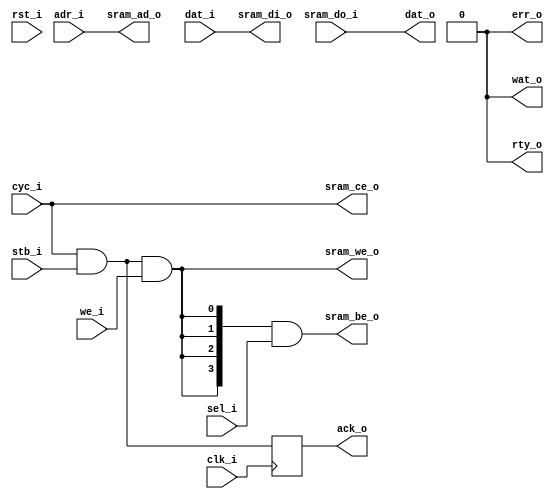
`timescale 1ns/100ps
/*
 * Module      : rtl/wb_sram_port.v
 * Copyright   : (C) Tim Molteno     2016
 *             : (C) Max Scheel      2016
 *             : (C) Patrick Suggate 2016
 * License     : LGPL3
 * 
 * Maintainer  : Patrick Suggate <patrick.suggate@gmail.com>
 * Stability   : Experimental
 * Portability : only tested with a Papilio board (Xilinx Spartan VI)
 * 
 * 
 * This file is part of TART.
 * 
 * TART is free software: you can redistribute it and/or modify it under the
 * terms of the GNU Lesser Public License as published by the Free Software
 * Foundation, either version 3 of the License, or (at your option) any later
 * version.
 * 
 * TART is distributed in the hope that it will be useful, but WITHOUT ANY
 * WARRANTY; without even the implied warranty of MERCHANTABILITY or FITNESS
 * FOR A PARTICULAR PURPOSE.  See the GNU Lesser Public License for more
 * details.
 * 
 * You should have received a copy of the GNU Lesser Public License along with
 * TART.  If not, see <http://www.gnu.org/licenses/>.
 * 
 * 
 * Description:
 * Single-port SRAM interface, with Wishbone-like interconnect, and
 * parameterised by size and bit-width.
 * 
 * NOTE:
 *  + just the interface, the SRAM memories are assumed to be external;
 *  + doesn't support "classic" Wishbone cycles, but does support pipelined
 *    transactions;
 *  + supports burst transfers -- these are indicated by `bst_i` being
 *    asserted at the beginning of a transaction, and deasserted one cycle
 *    before the final (pipelined) `ack_o`;
 *  + if CHECK == 0 the CYC signal is ignored, reducing the circuit-size when
 *    using point-to-point interconnects;
 * 
 * TODO:
 * 
 */


/*
 Instantiation template:
 
    wb_sram_port
     #(  .WIDTH(DATA), // Data and address bit-widths
         .ABITS(ADDR),
         .TICKS(1),    // Read latency of the attached SRAM
         .READ (1),    // Support SRAM reads (0/1)?
         .WRITE(1),    // Support SRAM writes (0/1)?
         .USEBE(1),    // Use individual byte-enables (0/1)?
         .BYTES(1),    // Number of byte-enables
         .PIPED(1),    // Pipelined Wishbone (SPEC B4) transfers (0/1)?
         .ASYNC(1),    // Combinational vs. synchronous (0/1/2)?
         .CHECK(1),    // Sanity-checking of inputs (0/1)?
         .DELAY(3)     // 3ns simulation combinational delay
         ) SRAM_PORT
       ( .clk_i(clk),
         .rst_i(rst),

         .cyc_i(cyc),
         .stb_i(stb),
         .we_i (we),
         .ack_o(ack),
         .wat_o(wat),
         .rty_o(rty),
         .err_o(err),
         .adr_i(adr),
         .sel_i(sel),
         .dat_i(din),
         .dat_o(dout),

         .sram_ce_o(sram_ce),
         .sram_we_o(sram_we),
         .sram_be_o(sram_be),
         .sram_ad_o(sram_ad),
         .sram_do_i(sram_do),
         .sram_di_o(sram_di)
         );
*/

module wb_sram_port
  #(parameter WIDTH = 32,       // Data bit-width
    parameter MSB   = WIDTH-1,  // MSB of data
    parameter ABITS = 10,       // Address bit-width
    parameter ASB   = ABITS-1,  // MSB of address
    parameter READ  = 1,        // Support SRAM reads (0/1)?
    parameter WRITE = 1,        // Support SRAM writes (0/1)?
    parameter USEBE = 1,        // Use individual write byte-enables (0/1)?
    parameter BYTES = WIDTH>>3, // Number of byte-enables
    parameter BSB   = BYTES-1,  // MSB of byte-enables

    //  SRAM latency parameters:
    parameter TICKS = 1,        // Read latency, in cycles
    parameter TSB   = TICKS-1,  // MSB of ticks shifter-register

    //  Wishbone mode/settings parameters:
    parameter PIPED = 1,        // SRAM supports pipelined transfers (0/1)?
    parameter ASYNC = TICKS==0, // Asynchronous reads
    parameter CHECK = 1,

    //  Simulation-only parameters:
    parameter DELAY = 3)
   (input          clk_i,
    input          rst_i,

    //  Wishbone (SPEC B4) bus interface:
    input          cyc_i,
    input          stb_i,
    input          we_i,
    output         ack_o,
    output         wat_o, // Equiv. to WB `STALL_O`
    output         rty_o,
    output         err_o,
    input [ASB:0]  adr_i,
    input [BSB:0]  sel_i,
    input [MSB:0]  dat_i,
    output [MSB:0] dat_o,

    //  SRAM control and data signals:
    output         sram_ce_o,
    output         sram_we_o,
    output [ASB:0] sram_ad_o,
    output [BSB:0] sram_be_o,
    input [MSB:0]  sram_do_i,
    output [MSB:0] sram_di_o
    );

   wire            cyc_w, stb_w, we_w;
   reg [TSB:0]     ack_out = {TICKS{1'b0}};
   wire [TICKS:0]  ack_nxt;


   //-------------------------------------------------------------------------
   //  Line drivers for the WB and SRAM interfaces.
   //-------------------------------------------------------------------------
   assign ack_o = ASYNC ? stb_w : ack_out[TSB];
   assign wat_o = 1'b0; // TICKS > 1 && !PIPED ? wat_out : 1'b0; // TODO
   assign rty_o = 1'b0;
   assign err_o = 1'b0;
   assign dat_o = READ  ? sram_do_i : {WIDTH{1'b0}};

   assign sram_ce_o = PIPED && READ ? cyc_w : stb_w;
   assign sram_we_o = WRITE ? we_w : 1'b0;
   assign sram_ad_o = adr_i;
   assign sram_be_o = USEBE ? {BYTES{sram_we_o}} & sel_i : sel_i; // TODO
   assign sram_di_o = WRITE ? dat_i : {WIDTH{1'b0}};

   //  Choose versions of these signals depending on the Wishbone mode
   //  settings.
   assign cyc_w = CHECK ? cyc_i : 1'b1;
   assign stb_w = cyc_w && stb_i;
   assign we_w  = stb_w && we_i;

   assign ack_nxt = {ack_out, stb_w};


   //-------------------------------------------------------------------------
   //  Output (shift-)registers.
   //-------------------------------------------------------------------------
   //  Wishbone requires that a single-cycle reset pulse is enough to reset a
   //  device.
   always @(posedge clk_i)
     if (rst_i && TICKS > 1)
       ack_out <= #DELAY {TICKS{1'b0}};
     else
       ack_out <= #DELAY ack_nxt[TSB:0];


endmodule // wb_sram_port